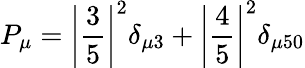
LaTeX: P_{\mu}=\left|\frac{3}{5}\right|^{2}\delta_{\mu 3}+\left|\frac{4}{5}\right|^{2}\delta_{\mu 50}